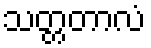
သတ္တတာလံ